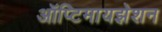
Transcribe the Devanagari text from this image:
ऑप्टिमायझेशन